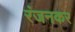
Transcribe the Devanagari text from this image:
रंजनकर